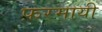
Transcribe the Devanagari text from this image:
फ़रमायी